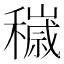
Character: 𱶧